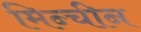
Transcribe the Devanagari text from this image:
मिन्चीन